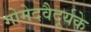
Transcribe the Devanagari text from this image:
गोमेदवैदूर्यके